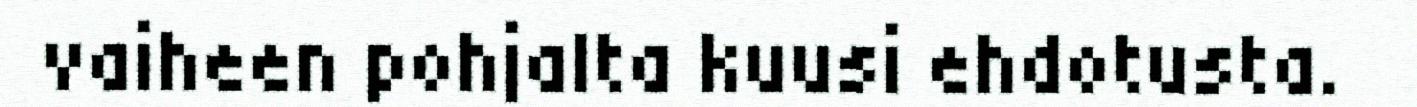
vaiheen pohjalta kuusi ehdotusta.